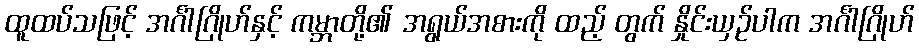
ထူထပ်သဖြင့် အင်္ဂါဂြိုဟ်နှင့် ကမ္ဘာတို့၏ အရွယ်အစားကို ထည့် တွက် နှိုင်းယှဉ်ပါက အင်္ဂါဂြိုဟ်